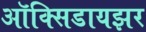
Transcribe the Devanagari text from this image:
ऑक्‍सिडायझर